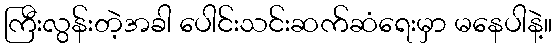
ကြီးလွန်းတဲ့အခါ ပေါင်းသင်းဆက်ဆံရေးမှာ မနေပါနဲ့။